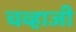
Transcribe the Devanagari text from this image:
चव्हाजी